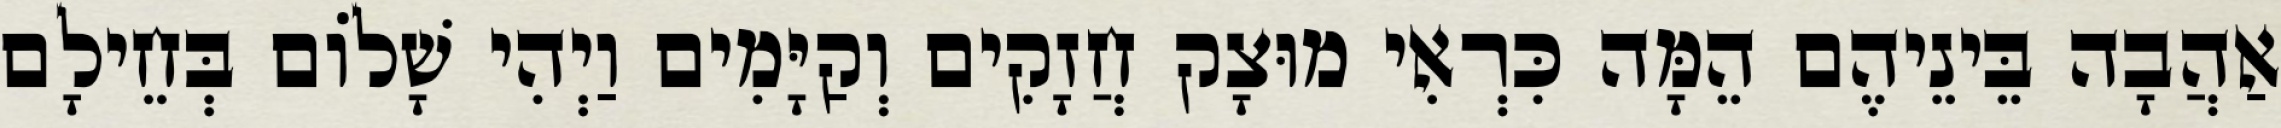
אַהֲבָה בֵּינֵיהֶם הֵמָּה כִּרְאִי מוּצָק חֲזָקִים וְקַיָּמִים וַיְהִי שָׁלוֹם בְּחֵילָם